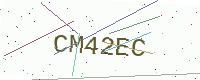
Text: CM42EC